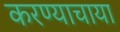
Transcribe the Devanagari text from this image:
करण्याचाया